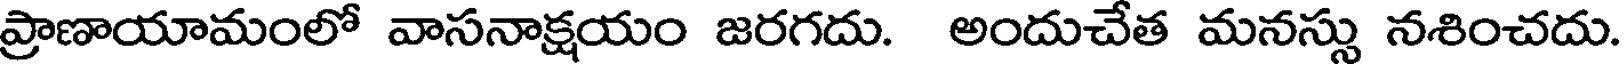
ప్రాణాయామంలో వాసనాక్షయం జరగదు. అందుచేత మనస్సు నశించదు.